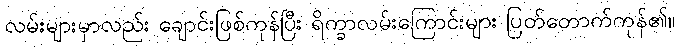
လမ်းများမှာလည်း ချောင်းဖြစ်ကုန်ပြီး ရိက္ခာလမ်းကြောင်းများ ပြတ်တောက်ကုန်၏။